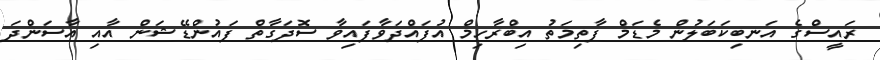
ރައީސްގެ އަނބިކަބަލުން މެޑަމް ފާތިމަތު އިބްރާހިމް އުފައްދަވާފައިވާ ސޮދަގާތް ފައުންޑޭޝަން އާއި އާސަންދަ